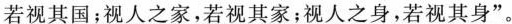
若视其国；视人之家，若视其家；视人之身，若视其身”。